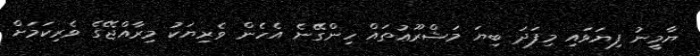
ޔާމީނު ފިޔަވައި މިފަދަ ބިޔަ މަޝްރޫޢުތައް ހިންގޭނެ އެހެން ވެރިޔަކު މިރާއްޖޭގެ ވެރިކަމަށް